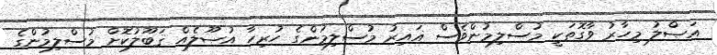
އަޞްލު މިހާރު ވާގޮތަކީ މުސްލިމުންވެސް ޣައިރު މުސްލިމުންގެ ހުރިހާ އުޞޫލެއް ޤަބޫލުކޮށް މުސްލިމުންގެ